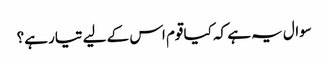
سوال یہ ہے کہ کیا قوم اس کے لیے تیار ہے؟